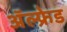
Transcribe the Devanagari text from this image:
अॅल्फ्रेड